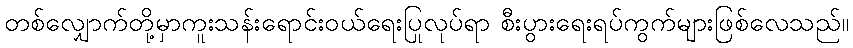
တစ်လျှောက်တို့မှာကူးသန်းရောင်းဝယ်ရေးပြုလုပ်ရာ စီးပွားရေးရပ်ကွက်များဖြစ်လေသည်။